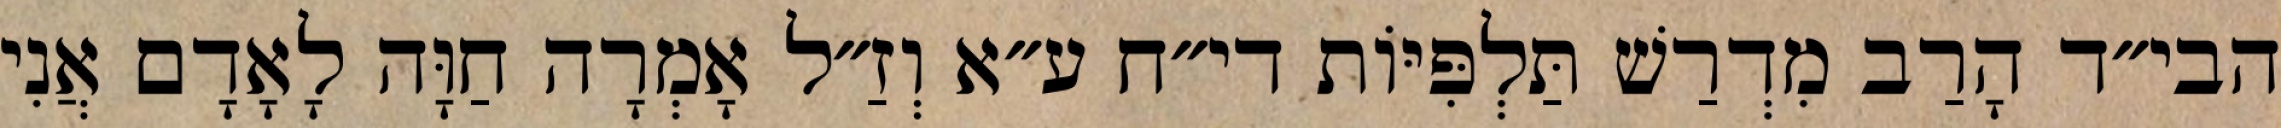
הבי״ד הָרַב מִדְרַשׁ תַּלְפִּיּוֹת די״ח ע״א וְזַ״ל אָמְרָה חַוָּה לָאָדָם אֲנִי